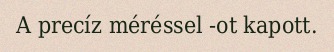
A precíz méréssel -ot kapott.